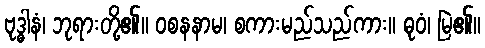
ဗုဒ္ဓါနံ၊ ဘုရားတို့၏။ ဝစနနာမ၊ စကားမည်သည်ကား။ ဓုဝံ၊ မြဲ၏။